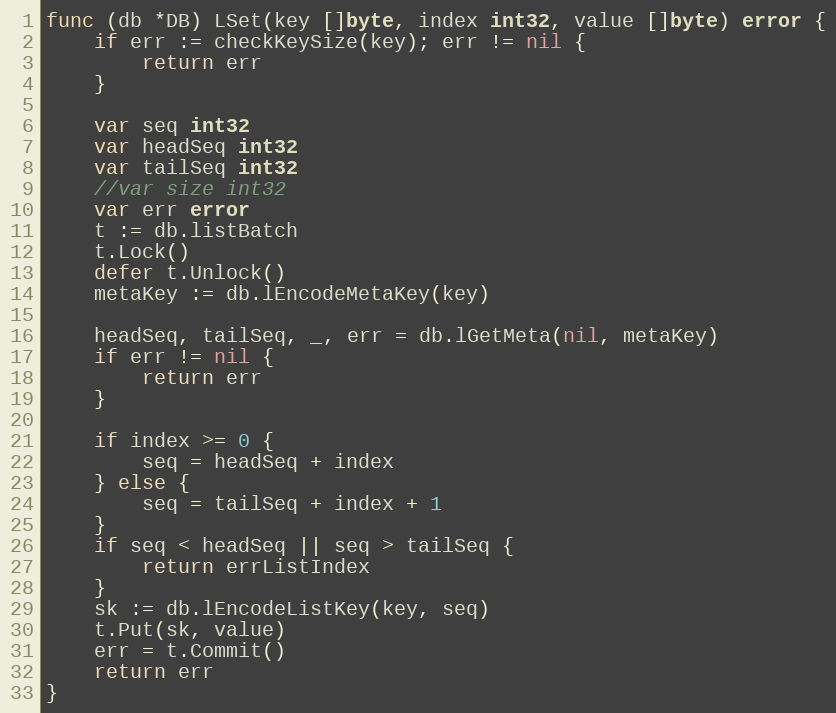
Language: Go
func (db *DB) LSet(key []byte, index int32, value []byte) error {
	if err := checkKeySize(key); err != nil {
		return err
	}

	var seq int32
	var headSeq int32
	var tailSeq int32
	//var size int32
	var err error
	t := db.listBatch
	t.Lock()
	defer t.Unlock()
	metaKey := db.lEncodeMetaKey(key)

	headSeq, tailSeq, _, err = db.lGetMeta(nil, metaKey)
	if err != nil {
		return err
	}

	if index >= 0 {
		seq = headSeq + index
	} else {
		seq = tailSeq + index + 1
	}
	if seq < headSeq || seq > tailSeq {
		return errListIndex
	}
	sk := db.lEncodeListKey(key, seq)
	t.Put(sk, value)
	err = t.Commit()
	return err
}